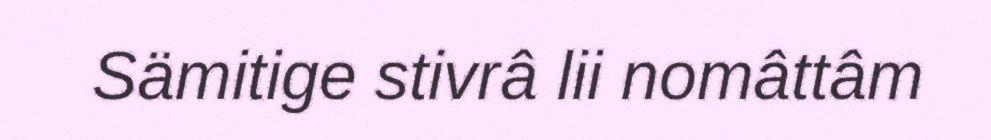
Sämitige stivrâ lii nomâttâm